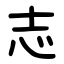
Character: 志